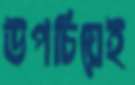
উপচিয়েই